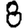
Digit: 8